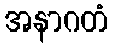
အနာဂတံ